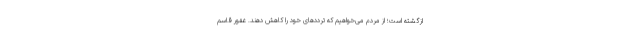
ازگشته است؛ از مردم می‌خواهیم که ترددهای خود را کاهش دهند. غفور قاسم